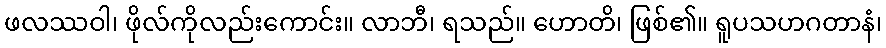
ဖလဿဝါ၊ ဖိုလ်ကိုလည်းကောင်း။ လာဘီ၊ ရသည်။ ဟောတိ၊ ဖြစ်၏။ ရူပသဟဂတာနံ၊